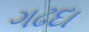
ગઢદા